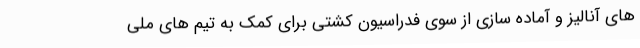
های آنالیز و آماده سازی از سوی فدراسیون کشتی برای کمک به تیم های ملی